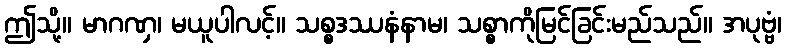
ဤသို့။ မာဂဏှ၊ မယူပါလင့်။ သစ္စဒဿနံနာမ၊ သစ္စာကိုမြင်ခြင်းမည်သည်။ အပုဗ္ဗံ၊